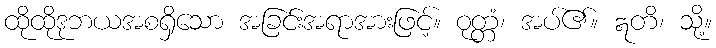
ထိုထိုဒုဘယအစရှိသော အခြင်းအရာအားဖြင့်။ ဝုတ္တံ၊ အပ်၏။ ဣတိ၊ သို့။